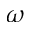
\omega